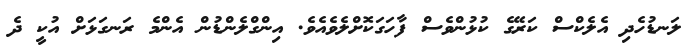
ލަނޑުހެދި އެލެކްސް ކަރޭގެ ކުޅުންވެސް ފާހަގަކޮށްލެވެއެވެ. އިންގްލެންޑުުން އެންމެ ރަނގަޅަށް އުކީ ދެ